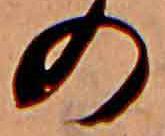
の